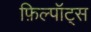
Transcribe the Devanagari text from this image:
फ़िल्पॉट्स